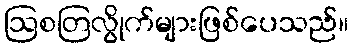
ဩစတြလွိုက်များဖြစ်ပေသည်။